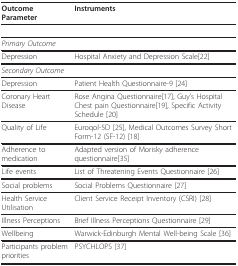
| Outcome Parameter | Instruments |
 | --- | --- |
 | Primary Outcome |  |
 | Depression | Hospital Anxiety and Depression Scale[22] |
 | Secondary Outcome |  |
 | Depression | Patient Health Questionnaire-9 [24] |
 | Coronary Heart Disease | Rose Angina Questionnaire[17], Guy's Hospital Chest pain Questionnaire[19], Specific Activity Schedule [20] |
 | Quality of Life | Euroqol-5D [25], Medical Outcomes Survey Short Form-12 (SF-12) [18] |
 | Adherence to medication | Adapted version of Morisky adherence questionnaire[35] |
 | Life events | List of Threatening Events Questionnaire [26] |
 | Social problems | Social Problems Questionnaire [27] |
 | Health Service Utilisation | Client Service Receipt Inventory (CSRI) [28] |
 | Illness Perceptions | Brief Illness Perceptions Questionnaire [29] |
 | Wellbeing | Warwick-Edinburgh Mental Well-being Scale [36] |
 | Participants problem priorities | PSYCHLOPS [37] |